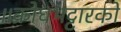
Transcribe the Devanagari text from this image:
॥क्रोधभट्टारको